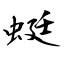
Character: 蜓